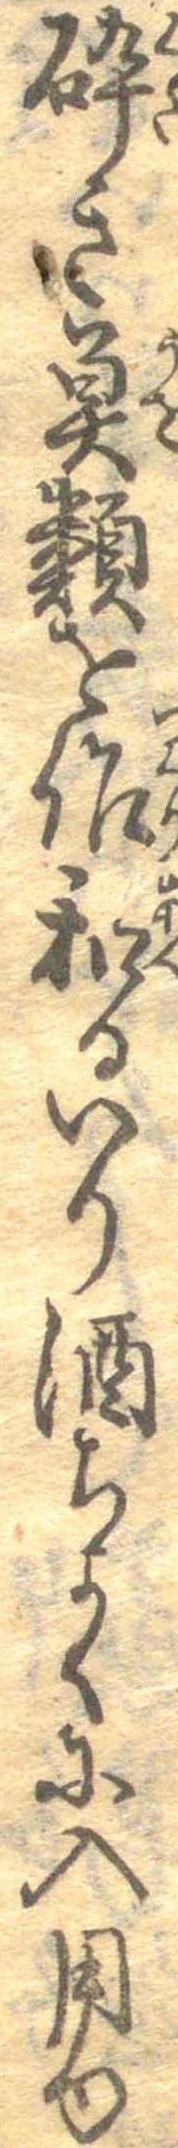
砕き魚類を作和るいり酒ちよくに入用ゆ